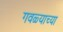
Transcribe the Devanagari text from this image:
गवळ्याच्या